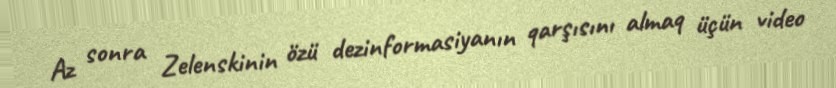
Az sonra Zelenskinin özü dezinformasiyanın qarşısını almaq üçün video